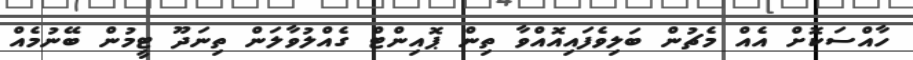
ހާއްސަކޮށް އެއް މެޗުން ބަލިވެފައިއޮއްވާ ތިން ޕޮއިންޓް ގެއްލުވާލަން ތިނަދޫ ޓީމުން ބޭނުމެއް